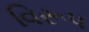
વિરૂપ